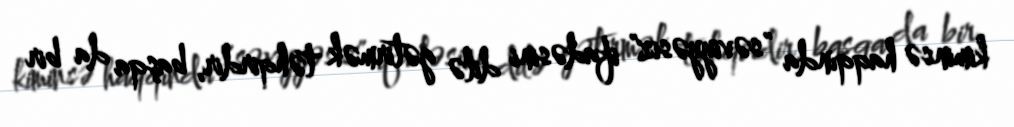
kiminsə haqqında "səviyyəsiz" ifadəsini dilə gətirmək təhqirdir, başqa da bir